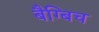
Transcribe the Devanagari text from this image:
बैग्बिच